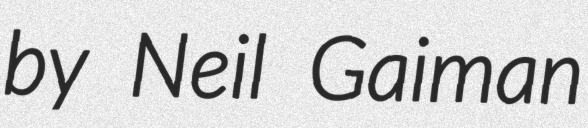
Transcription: by Neil Gaiman